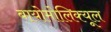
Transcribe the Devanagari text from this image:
बायोमोलिक्यूल